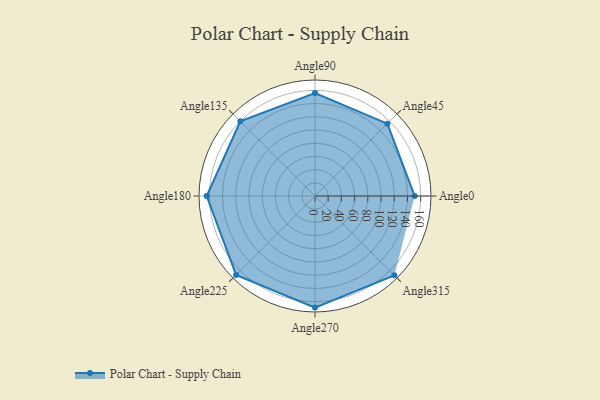
{"axis": {"x": "Angle", "y": "Radius"}, "legend": [""], "data": [{"x": "Angle0", "y": 151.0, "type": ""}, {"x": "Angle45", "y": 155.0, "type": ""}, {"x": "Angle90", "y": 156.0, "type": ""}, {"x": "Angle135", "y": 160.0, "type": ""}, {"x": "Angle180", "y": 164.0, "type": ""}, {"x": "Angle225", "y": 169.0, "type": ""}, {"x": "Angle270", "y": 169.0, "type": ""}, {"x": "Angle315", "y": 170.0, "type": ""}]}